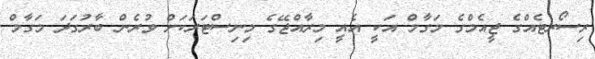
ރިސޯރޓެއްގެ ޖީއެމްގެ މަގާމް އަކީ އެއީ މިރާއްޖޭގެ މިނިސްޓަރަކަށް ވުރެން ބާރުގަދަ މަގާމް